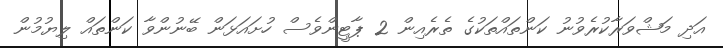
އަދި މަޝްވަރާކުރެވުނު ކަންތައްތަކުގެ ތެރެއިން 2 ޕާޓީންވެސް ހުށައަޅަން ބޭނުންވާ ކަންތައް ލިޔުމުން